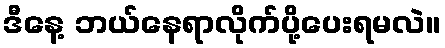
ဒီနေ့ ဘယ်နေရာလိုက်ပို့ပေးရမလဲ။